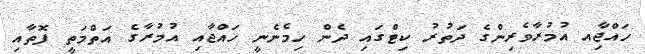
ހައްޖާިއ އުމުރާވެރިންގެ ދަތުރު ކިޓްގައި ދެން ހިމެނެނީ ހައްޖާއި އުމުރާގެ އަތްމަތީ ފޮތާއި